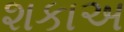
શકાઅ